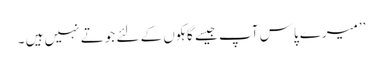
’’میرے پاس آپ جیسے گاہکوں کے لئے جوتے نہیں ہیں ۔